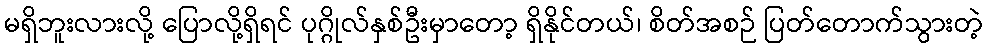
မရှိဘူးလားလို့ ပြောလို့ရှိရင် ပုဂ္ဂိုလ်နှစ်ဦးမှာတော့ ရှိနိုင်တယ်၊ စိတ်အစဉ် ပြတ်တောက်သွားတဲ့